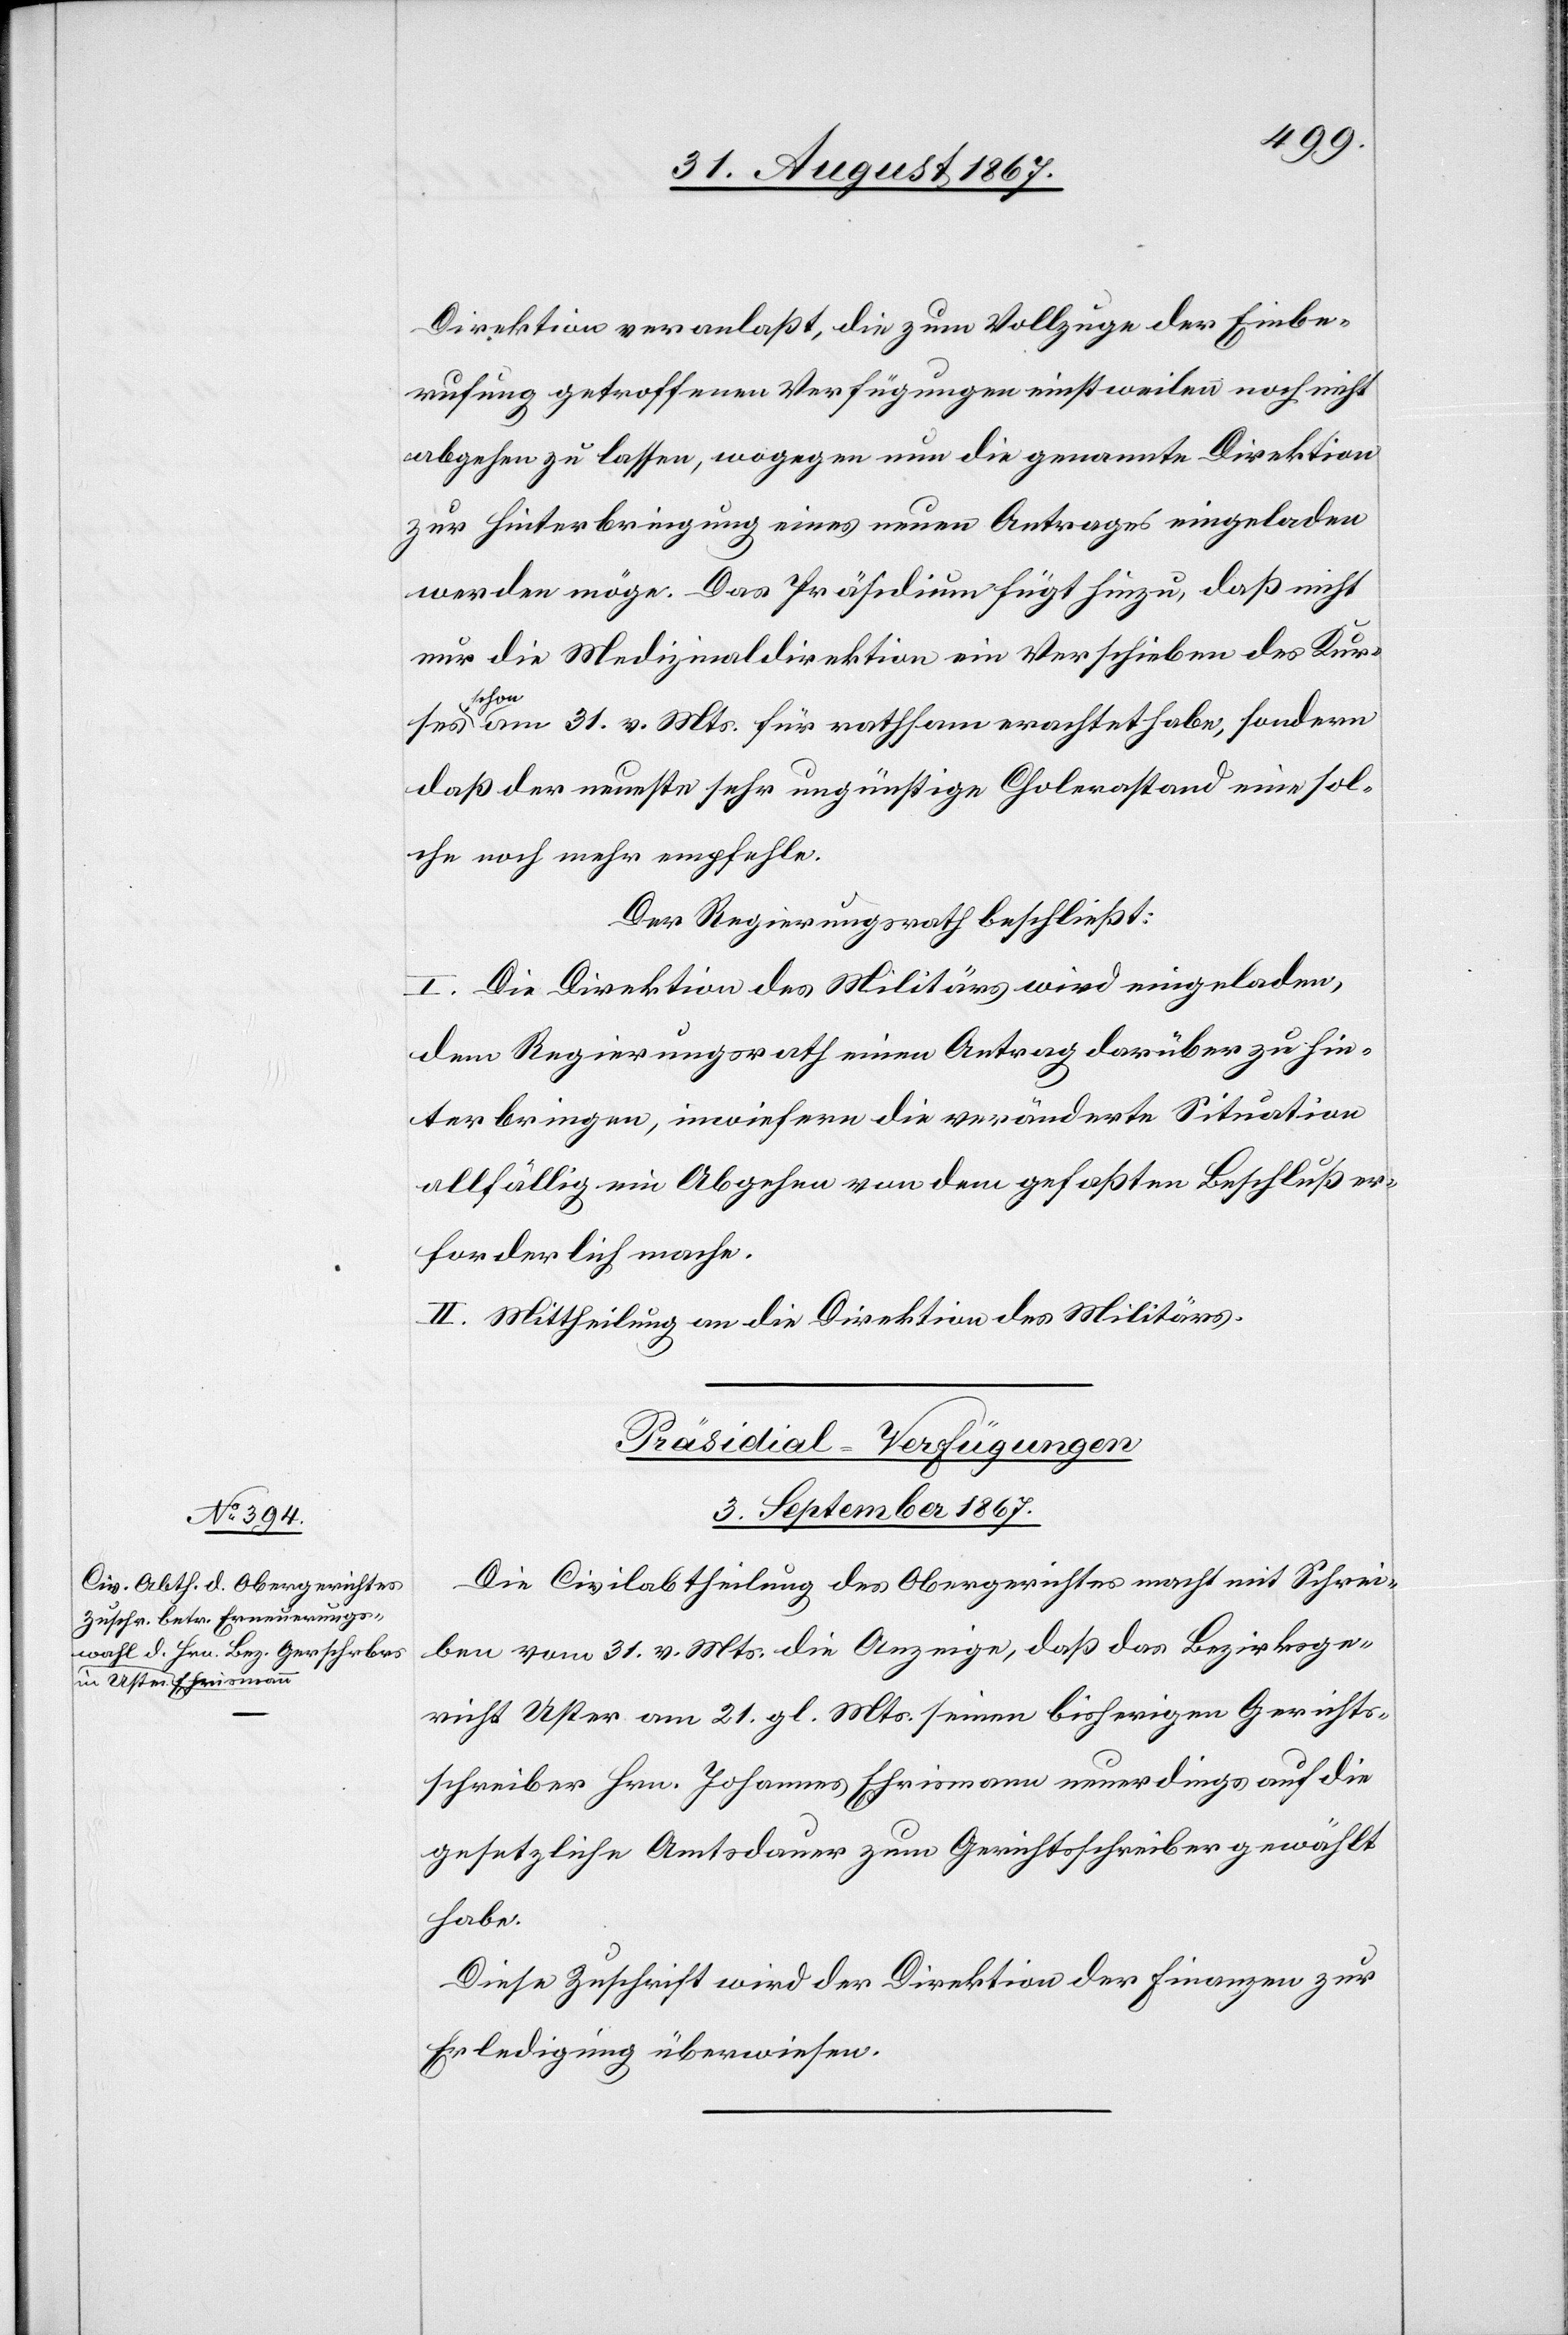
Direktion veranlaßt, die zum Vollzuge der Einbe¬
rufung getroffenen Verfügungen einstweilen noch nicht
abgehen zu lassen, wogegen nun die genannte Direktion
zur Hinterbringung eines neuen Antrages eingeladen
werden möge. Das Präsidium fügt hinzu, daß nicht
nur die Medizinaldirektion ein Verschieben des Kur¬
ses
schon am 31. v. Mts. für rathsam erachtet habe, sondern
daß der neueste sehr ungünstige Cholerastand eine sol¬
che noch mehr empfehle.
Der Regierungsrath beschließt:
I. Die Direktion des Militärs wird eingeladen,
dem Regierungsrath einen Antrag darüber zu hin¬
terbringen, inwiefern die veränderte Situation
allfällig ein Abgehen von dem gefaßten Beschluß er¬
forderlich mache.
II. Mittheilung an die Direktion des Militärs.
Präsidial-Verfügungen.
3. September 1867.
Die Civilabtheilung des Obergerichtes macht mit Schrei¬
ben vom 31. v. Mts. die Anzeige, daß das Bezirksge¬
richt Uster am 21. gl. Mts. seinen bisherigen Gerichts¬
schreiber Hrn. Johannes Ehrismann neuerdings auf die
gesetzliche Amtsdauer zum Gerichtsschreiber erwählt
habe.
Diese Zuschrift wird der Direktion der Finanzen zur
Erledigung überwiesen.